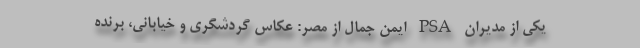
یکی از مدیران PSA ایمن جمال از مصر: عکاس گردشگری و خیابانی، برنده